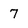
Character: 7